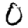
Digit: 0